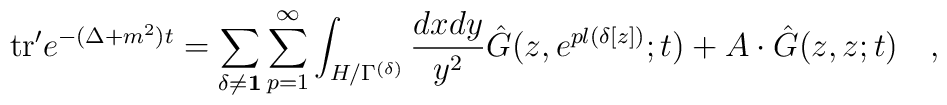
{\rm tr}'e^{-(\Delta +m^2)t} =  \sum_{\delta \neq {\bf 1}} \sum_{p=1}^{\infty}   \int_{H/\Gamma^{(\delta)}} {{d x d y}\over{y^2}}                      {\hat G} (z, e^{p l(\delta[ z])};t )  + A \cdot {\hat G}(z,z;t) \quad ,